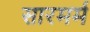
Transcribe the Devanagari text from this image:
सारमर्म